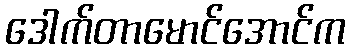
ဒေါက်တာမောင်အောင်က